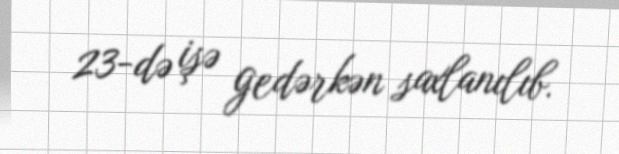
23-də işə gedərkən saxlanılıb.